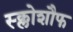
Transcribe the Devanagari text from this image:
स्क्लोशौफ